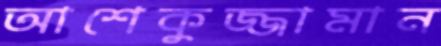
আশেকুজ্জামান